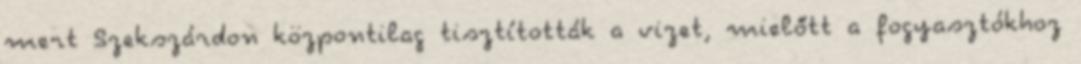
mert Szekszárdon központilag tisztították a vizet, mielőtt a fogyasztókhoz